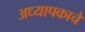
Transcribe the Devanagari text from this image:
अध्यापकाचे